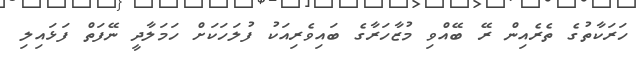
ހަރަކާތުގެ ތެރެއިން ރޭ ބޭއްވި މުޒާހަރާގެ ބައިވެރިއަކު ފުލަހަކަށް ހަމަލާދީ ނޭފަތް ފަޅައިލި